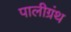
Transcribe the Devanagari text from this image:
पालीग्रंथ